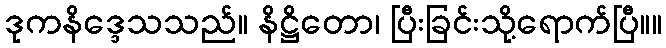
ဒုကနိဒ္ဒေသသည်။ နိဋ္ဌိတော၊ ပြီးခြင်းသို့ရောက်ပြီ။။